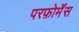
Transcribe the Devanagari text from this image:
परफ़ोर्मेंस